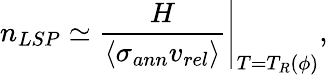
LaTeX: n_{LSP}\simeq\left.\frac{H}{\langle\sigma_{ann}v_{rel}\rangle}\right|_{T=T_{R}(\phi)},